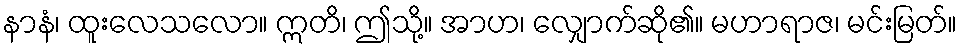
နာနံ၊ ထူးလေသလော။ ဣတိ၊ ဤသို့။ အာဟ၊ လျှောက်ဆို၏။ မဟာရာဇ၊ မင်းမြတ်။